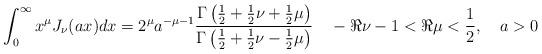
LaTeX: \begin{align*}\int_{0}^{\infty}x^\mu J_\nu(a x)dx = 2^\mu a^{-\mu-1}\frac{\Gamma\left(\frac{1}{2}+\frac{1}{2}\nu +\frac{1}{2}\mu\right )}{\Gamma\left(\frac{1}{2}+\frac{1}{2}\nu- \frac{1}{2}\mu\right )}\quad - \Re \nu -1 <\Re \mu <\frac{1}{2}, \quad a>0\end{align*}